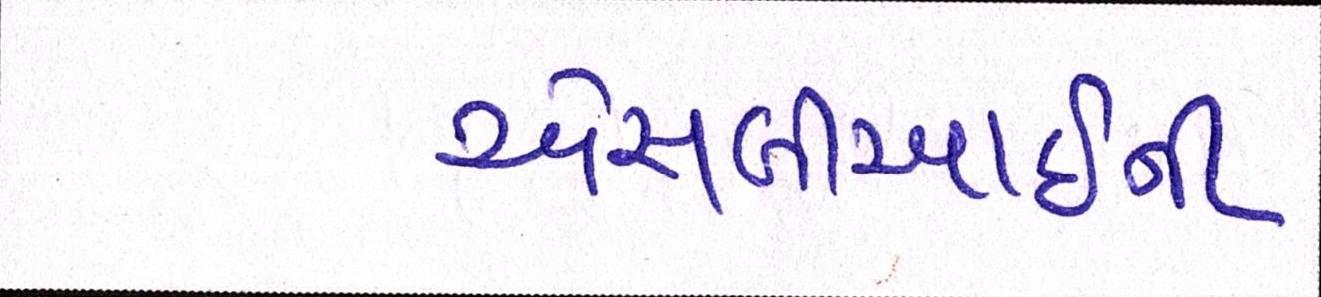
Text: એસબીઆઈની